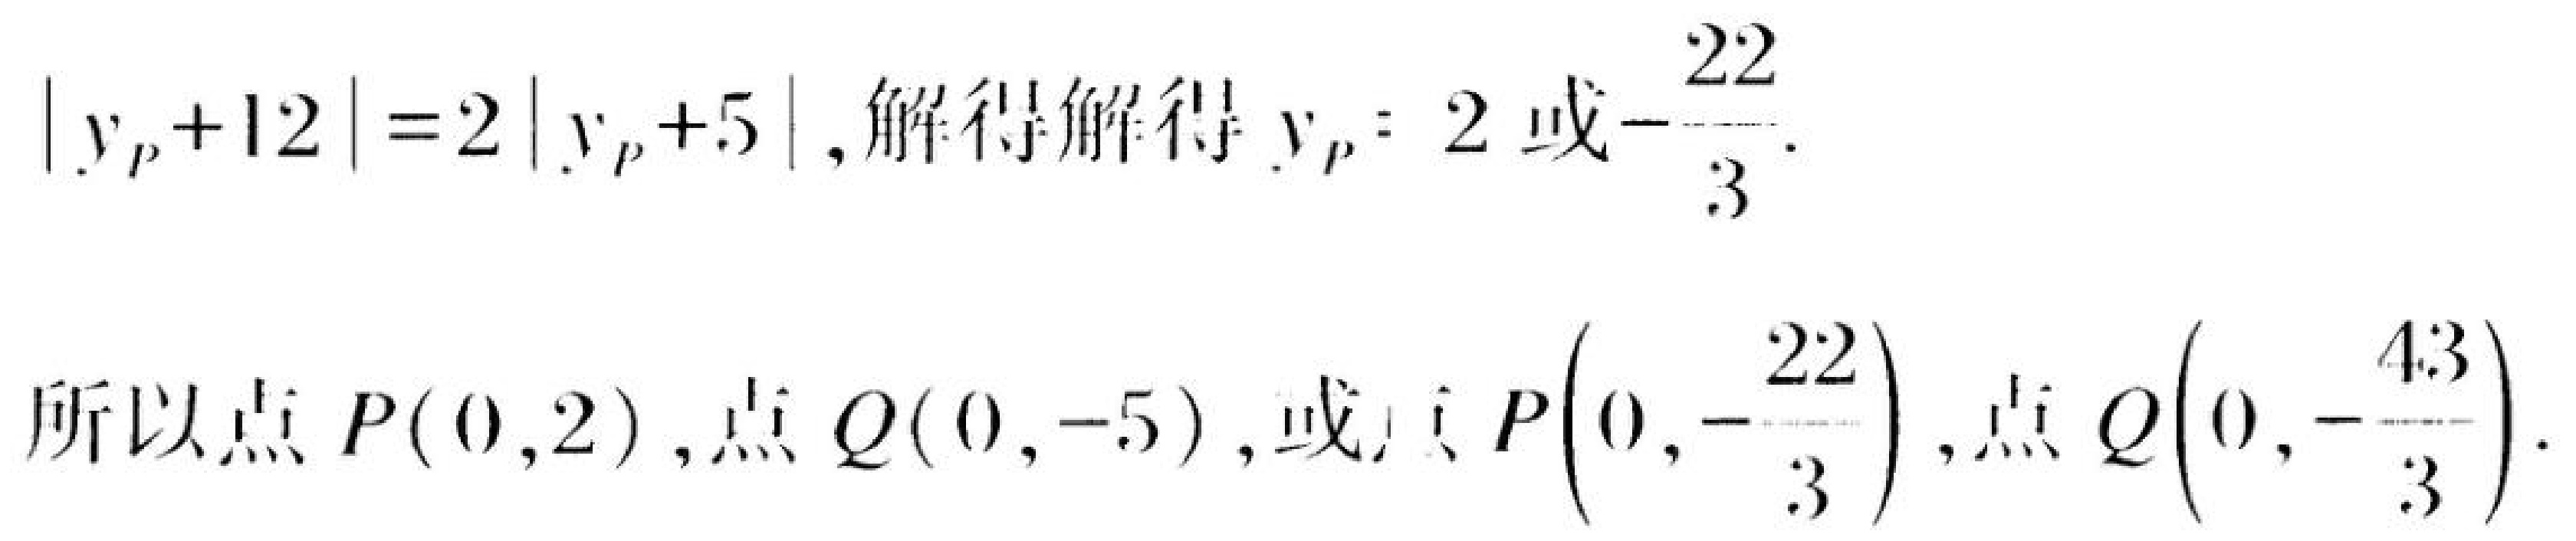
\(\vert y_{P}+12\vert = 2\vert y_{P}+5\vert\), 解得解得 \(y_{P}=2\) 或\(-\frac{22}{3}\).

所以点 \(P(0,2)\), 点 \(Q(0, - 5)\), 或点 \(P\left(0,-\frac{22}{3}\right)\), 点 \(Q\left(0,-\frac{43}{3}\right)\).